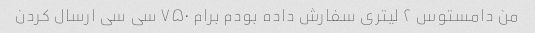
من دامستوس ۲ لیتری سفارش داده بودم برام ۷۵۰ سی سی ارسال کردن